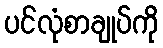
ပင်လုံစာချုပ်ကို